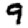
Digit: 9